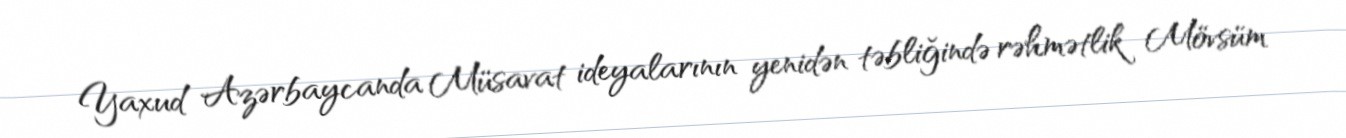
Yaxud Azərbaycanda Müsavat ideyalarının yenidən təbliğində rəhmətlik Mövsüm